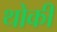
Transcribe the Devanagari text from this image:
थोकी